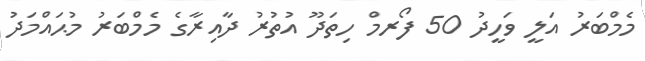
މެމްބަރު އަލީ ވަހީދު 50 ފޯރމް ހިތަދޫ އުތުރު ދާއިރާގެ މެމްބަރު މުޙައްމަދު